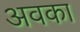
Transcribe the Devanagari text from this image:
अवका